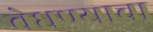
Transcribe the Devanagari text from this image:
वेधण्याचा